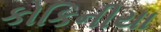
કોકિનીયા